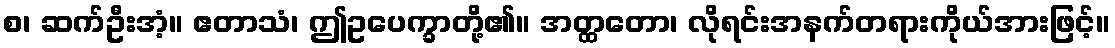
စ၊ ဆက်ဦးအံ့။ ဧတာသံ၊ ဤဥပေက္ခာတို့၏။ အတ္ထတော၊ လိုရင်းအနက်တရားကိုယ်အားဖြင့်။